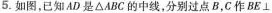
5.如图，已知AD是△ABC的中线，分别过点B，C作BE\bot